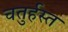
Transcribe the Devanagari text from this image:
चतुर्हस्त